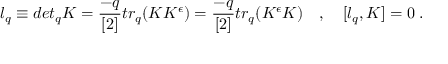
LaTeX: l _ { q } \equiv d e t _ { q } K = \frac { - q } { [ 2 ] } t r _ { q } ( K K ^ { \epsilon } ) = \frac { - q } { [ 2 ] } t r _ { q } ( K ^ { \epsilon } K ) \quad , \quad [ l _ { q } , K ] = 0 \; .